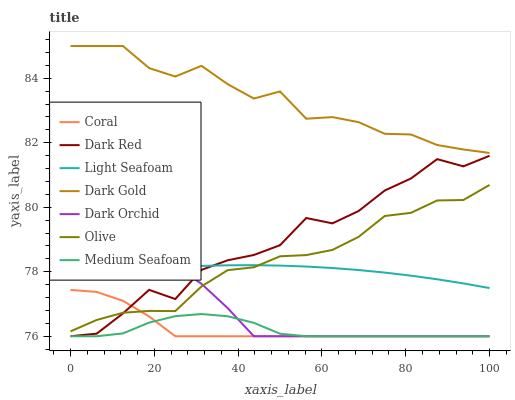
| xaxis_label | Coral | Dark Red | Light Seafoam | Dark Gold | Dark Orchid | Olive | Medium Seafoam |
 | --- | --- | --- | --- | --- | --- | --- | --- |
 | 0 | 77.4 | 76 | 77.8 | 85 | 78.4 | 76.2 | 76 |
 | 6.25 | 77.4 | 76.1 | 77.9 | 85 | 78.7 | 76.5 | 76 |
 | 12.5 | 77.1 | 76.7 | 78 | 85 | 78.7 | 76.7 | 76.1 |
 | 18.8 | 76.6 | 77.4 | 78.1 | 84.3 | 78.5 | 76.8 | 76.4 |
 | 25 | 76 | 77.2 | 78.1 | 84.1 | 78.2 | 76.8 | 76.6 |
 | 31.2 | 76 | 78.1 | 78.2 | 84.4 | 77.6 | 77.5 | 76.7 |
 | 37.5 | 76 | 78.4 | 78.2 | 83.8 | 76.9 | 78 | 76.6 |
 | 43.8 | 76 | 78.5 | 78.2 | 83.4 | 76 | 78.1 | 76.4 |
 | 50 | 76 | 78.8 | 78.2 | 83.6 | 76 | 78.5 | 76.1 |
 | 56.2 | 76 | 79.7 | 78.2 | 82.7 | 76 | 78.5 | 76 |
 | 62.5 | 76 | 79.5 | 78.1 | 82.8 | 76 | 78.7 | 76 |
 | 68.8 | 76 | 79.9 | 78.1 | 82.6 | 76 | 79.1 | 76 |
 | 75 | 76 | 80.5 | 78 | 82.3 | 76 | 79.7 | 76 |
 | 81.2 | 76 | 80.9 | 77.9 | 82.3 | 76 | 79.8 | 76 |
 | 87.5 | 76 | 81.5 | 77.8 | 81.9 | 76 | 80.2 | 76 |
 | 93.8 | 76 | 81.3 | 77.6 | 81.8 | 76 | 80.2 | 76 |
 | 100 | 76 | 81.6 | 77.5 | 81.7 | 76 | 80.7 | 76 |